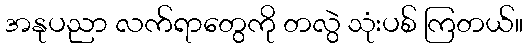
အနုပညာ လက်ရာတွေကို တလွဲ သုံးပစ် ကြတယ်။